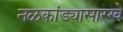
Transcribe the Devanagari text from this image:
नळकांड्यासारखे